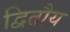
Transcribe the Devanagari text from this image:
द्वितौय